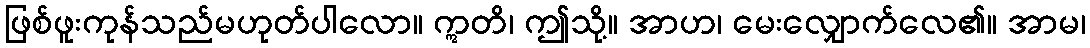
ဖြစ်ဖူးကုန်သည်မဟုတ်ပါလော။ ဣတိ၊ ဤသို့။ အာဟ၊ မေးလျှောက်လေ၏။ အာမ၊